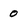
Character: 0